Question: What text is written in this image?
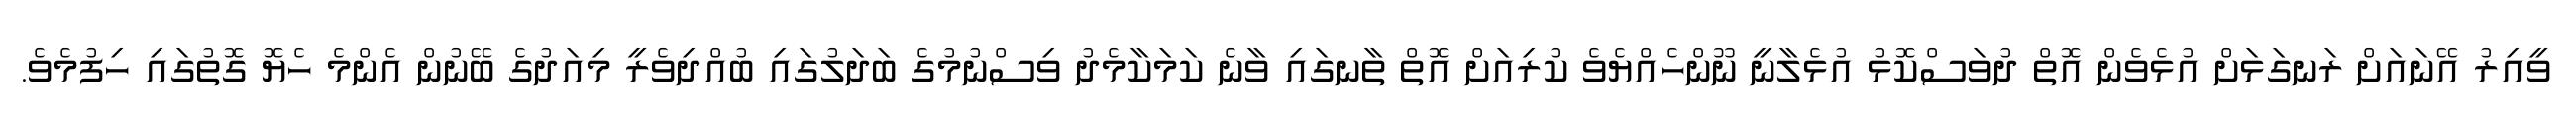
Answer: ވީއިރު އޭނައަށް ރަނގަޅަށް އުޅެވެން އޮތް ދުވަސްކޮޅު އުޅެލާނީ ނޫންހެއްޔެވެ ކުރިއަށް އޮތް ތާނގައި ވާނެ ކަމަކާމެދު ވިސްނުމުގެ ބަދަލުގައި ބުއްދިވެރީ މިއަދުގެ ބޭނުން އެންމެ ހެޔޮ ގޮތުގައި ހިފުމެވެ.